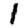
Digit: 1